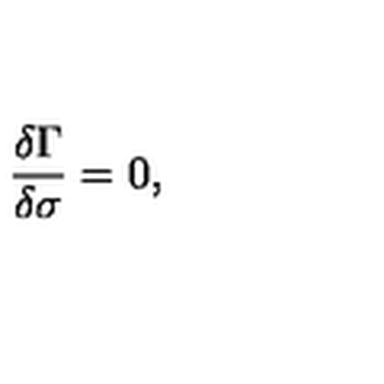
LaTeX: \frac { \delta \Gamma } { \delta \sigma } = 0 ,